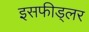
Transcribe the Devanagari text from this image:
इसफीड्लर